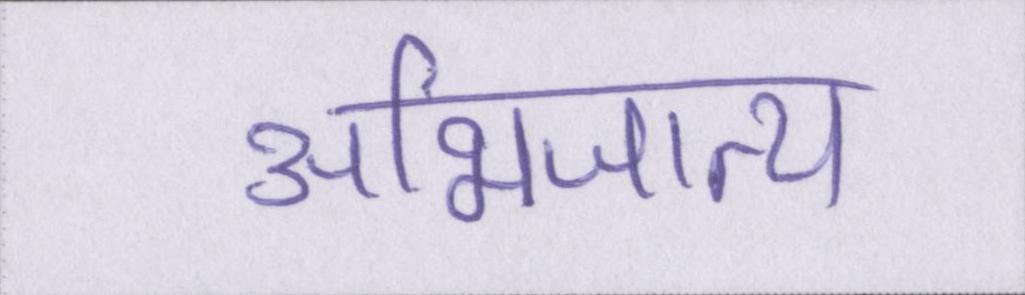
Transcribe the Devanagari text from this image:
अभिजात्य